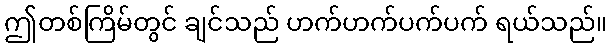
ဤတစ်ကြိမ်တွင် ချင်သည် ဟက်ဟက်ပက်ပက် ရယ်သည်။